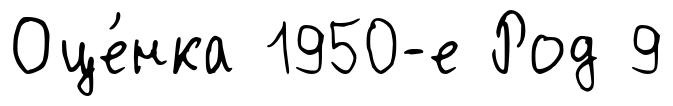
Оце́нка 1950-е Род 9